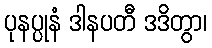
ပုနပ္ပုနံ ဒါနပတီ ဒဒိတွာ၊